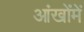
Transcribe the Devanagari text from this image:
आंखोंमें